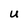
Character: U